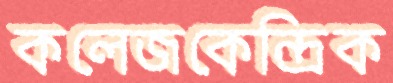
কলেজকেন্দ্রিক